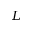
L